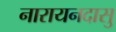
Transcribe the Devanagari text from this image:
नारायनदासु